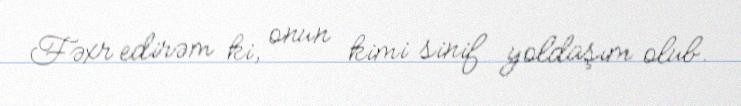
Fəxr edirəm ki, onun kimi sinif yoldaşım olub.